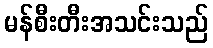
မန်စီးတီးအသင်းသည်